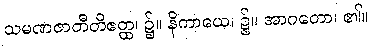
သမဏဇာတီတိဧတ္ထ၊ ၌။ နိကာယေ၊ ၌။ အာဂတော၊ ၏။